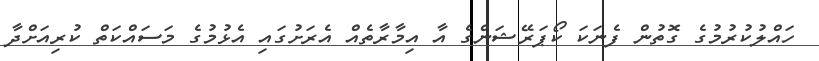
ހައްލުކުރުމުގެ ގޮތުން ފެނަކަ ކޯޕަރޭޝަންގެ އާ އިމާރާތެއް އެރަށުގައި އެޅުމުގެ މަސައްކަތް ކުރިއަށްދާ